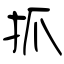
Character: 抓